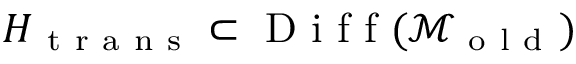
H _ { \mathrm { ~ t ~ r ~ a ~ n ~ s ~ } } \subset \mathrm { ~ D ~ i ~ f ~ f ~ } ( \mathcal { M } _ { \mathrm { ~ o ~ l ~ d ~ } } )